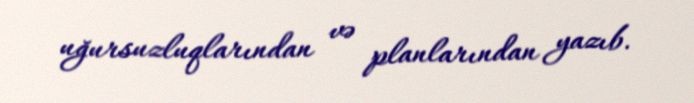
uğursuzluqlarından və planlarından yazıb.